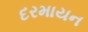
દરમાયન